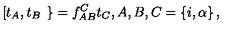
\left[ t _ { A } , t _ { B } \right. \left. \right\} = f _ { A B } ^ { C } t _ { C } , A , B , C = \left\{ i , \alpha \right\} ,